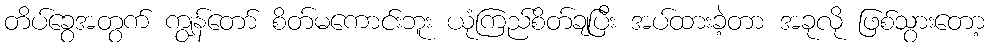
တိပ်ခွေအတွက် ကျွန်တော် စိတ်မကောင်းဘူး ယုံကြည်စိတ်ချပြီး အပ်ထားခဲ့တာ အခုလို ဖြစ်သွားတော့